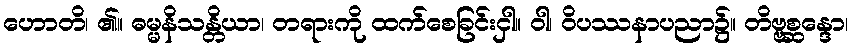
ဟောတိ၊ ၏။ ဓမ္မနိသန္တိယာ၊ တရားကို ထက်စေခြင်းငှါ။ ဝါ၊ ဝိပဿနာပညာ၌။ တိဗ္ဗစ္ဆန္ဒော၊